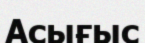
Асығыс